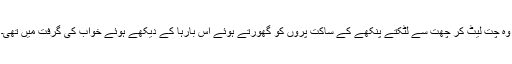
وہ چت لیٹ کر چھت سے لٹکتے پنکھے کے ساکت پروں کو گھورتے ہوئے اس بارہا کے دیکھے ہوئے خواب کی گرفت میں تھی۔